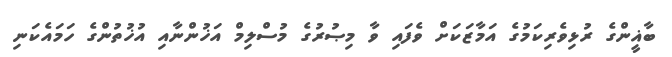
ބާޣީންގެ ރުޅިވެރިކަމުގެ އަމާޒަކަށް ވެފައި ވާ މިޞުރުގެ މުސްލިމް އަޚުންނާއި އުޚުތުންގެ ހަމައެކަނި